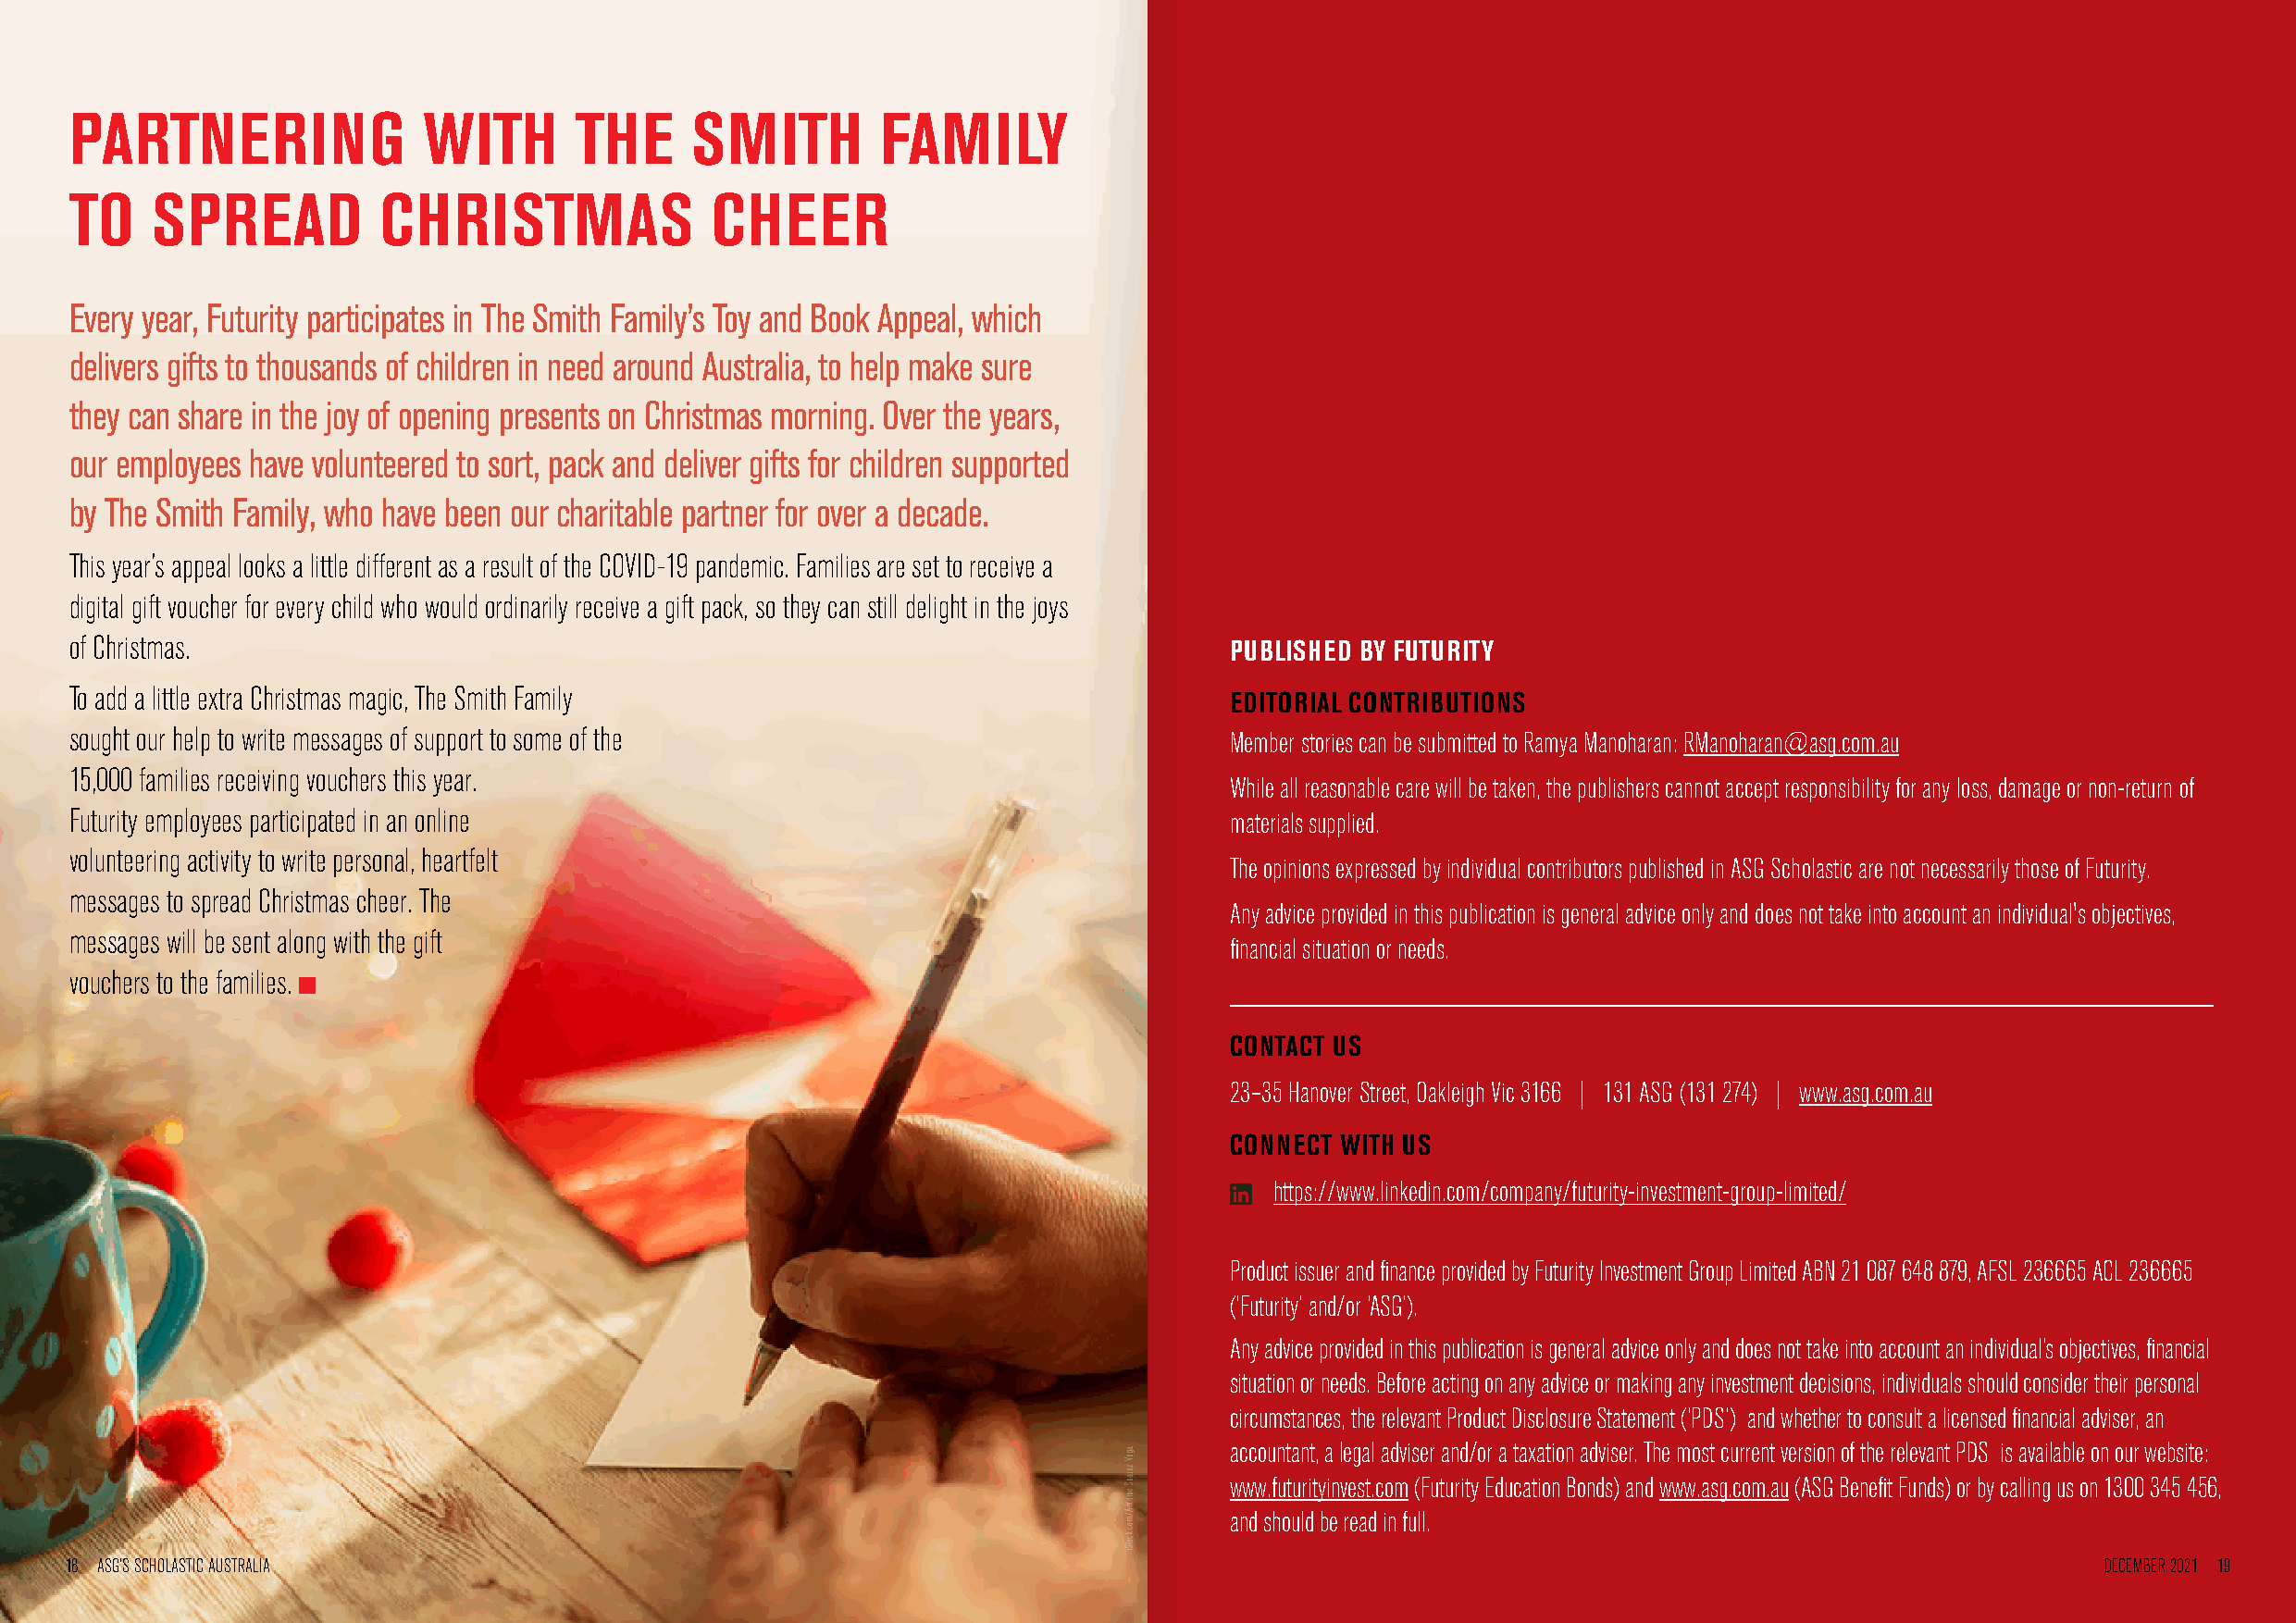
PARTNERING               WITH       THE     SMITH         FAMILY
 TO    SPREAD          CHRISTMAS               CHEER
 Every year, Futurity participates in The Smith Family’s Toy and Book Appeal, which
 delivers gifts to thousands of children in need around Australia, to help make sure
 they can share in the joy of opening presents on Christmas morning. Over the years,
 our employees have volunteered to sort, pack and deliver gifts for children supported
 by The Smith Family, who have been our charitable partner for over a decade.
 This year’s appeal looks a little different as a result of the COVID-19 pandemic. Families are set to receive a
 digital gift voucher for every child who would ordinarily receive a gift pack, so they can still delight in the joys
 of Christmas.
 PUBLISHED BY FUTURITY
 To add a little extra Christmas magic, The Smith Family
 EDITORIAL CONTRIBUTIONS
 sought our help to write messages of support to some of the                        Member stories can be submitted to Ramya Manoharan: RManoharan@asg.com.au
 15,000 families receiving vouchers this year.
 While all reasonable care will be taken, the publishers cannot accept responsibility for any loss, damage or non-return of
 Futurity employees participated in an online                                       materials supplied.
 volunteering activity to write personal, heartfelt
 The opinions expressed by individual contributors published in ASG Scholastic are not necessarily those of Futurity.
 messages to spread Christmas cheer. The
 Any advice provided in this publication is general advice only and does not take into account an individual's objectives,
 messages will be sent along with the gift
 financial situation or needs.
 vouchers to the families.
 CONTACT US
 23–35 Hanover Street, Oakleigh Vic 3166 | 131 ASG (131 274) | www.asg.com.au
 CONNECT WITH US
 https://www.linkedin.com/company/futurity-investment-group-limited/
 Product issuer and finance provided by Futurity Investment Group Limited ABN 21 087 648 879, AFSL 236665 ACL 236665
 (‘Futurity’ and/or ‘ASG’).
 Any advice provided in this publication is general advice only and does not take into account an individual’s objectives, financial
 situation or needs. Before acting on any advice or making any investment decisions, individuals should consider their personal
 circumstances, the relevant Product Disclosure Statement (‘PDS’) and whether to consult a licensed financial adviser, an
 accountant, a legal adviser and/or a taxation adviser. The most current version of the relevant PDS is available on our website:
 www.futurityinvest.com (Futurity Education Bonds) and www.asg.com.au (ASG Benefit Funds) or by calling us on 1300 345 456,
 and should be read in full.
 18 ASG’S SCHOLASTIC AUSTRALIA                                                                                                                     DECEMBER 2021 19
 ageV
 zerauS
 oinotnA/moc.kcotSi 92imatit/moc.kcotSi